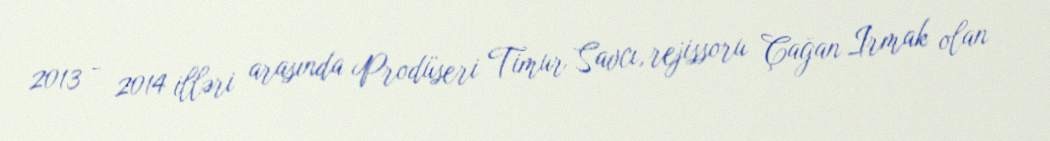
2013 - 2014 illəri arasında Prodüseri Timur Savcı, rejissoru Çağan Irmak olan